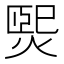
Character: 𤌇